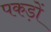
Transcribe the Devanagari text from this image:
पकड़ों